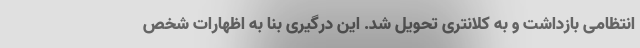
انتظامی بازداشت و به کلانتری تحویل شد. این درگیری بنا به اظهارات شخص